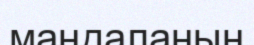
маңдаланың